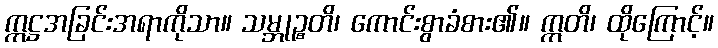
ဣဋ္ဌအခြင်းအရာကိုသာ။ သမ္ဘုဉ္စတိ၊ ကောင်းစွာခံစား၏။ ဣတိ၊ ထိုကြောင့်။